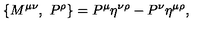
\{ M ^ { \mu \nu } , \ P ^ { \rho } \} = P ^ { \mu } \eta ^ { \nu \rho } - P ^ { \nu } \eta ^ { \mu \rho } ,